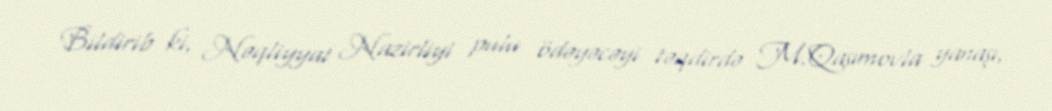
Bildirib ki, Nəqliyyat Nazirliyi pulu ödəyəcəyi təqdirdə M.Qasımovla yanaşı,